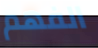
الفهم